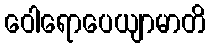
ဝေါရောပေယျာမာတိ